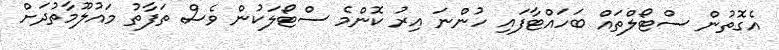
އެގޮތުން ސްޓޯލްތައް ބަހައްޓާފައި ހުންނަ އިރު ކޮންމެ ސްޓޯލަކުން ވެސް ތަފާތު މައުލޫމާތުދަށް